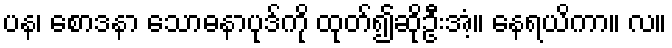
ပန၊ စောဒနာ သောဓနာပုဒ်ကို ထုတ်၍ဆိုဦးအံ့။ နေရယိကာ။ လ။